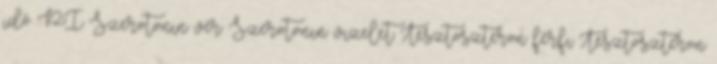
idő PI Szerotonin vér Szerotonin vizelet Tesztoszteron férfi Tesztoszteron